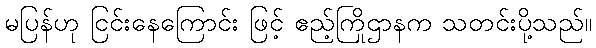
မပြန်ဟု ငြင်းနေကြောင်း ဖြင့် ဧည့်ကြိုဌာနက သတင်းပို့သည်။